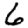
Digit: 6